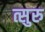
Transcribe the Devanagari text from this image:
त्सुरु